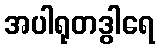
အပါရုတဒွါရေ